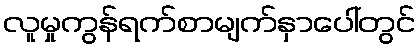
လူမှုကွန်ရက်စာမျက်နှာပေါ်တွင်